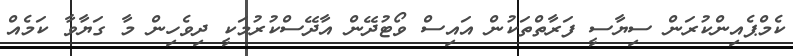
ކެމްޕެއިންކުރަން ސިޔާސީ ފަރާތްތަކުން އައިސް ވޯޓުދޭން އާދޭސްކުރުމަކީ ދިވެހިން މާ ގަޔާވާ ކަމެއް